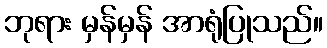
ဘုရား မှန်မှန် အာရုံပြုသည်။